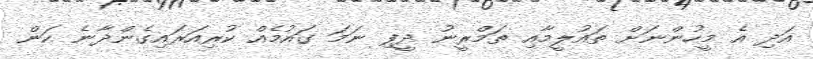
އަދި އެ މީހުންނަށް ތައުލީމާއި ތަމްރީނު ދީފި ނަމަ ގައުމެއް ކުރިއަރައިގެންދާނެ ކަން